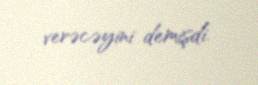
verəcəyini demişdi.